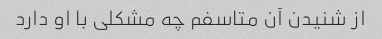
از شنیدن آن متاسفم چه مشکلی با او دارد